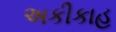
અકીકાહ